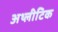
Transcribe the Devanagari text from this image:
अथ्लीटिक